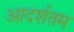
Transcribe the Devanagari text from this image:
आदर्शतम